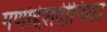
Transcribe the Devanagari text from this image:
गणोद्देशदीपिका